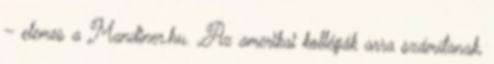
– elemes a Mandiner.hu. „Az amerikai kollégák arra számítanak,